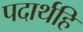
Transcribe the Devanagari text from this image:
पदार्थहि